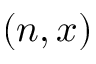
( n , x )